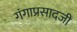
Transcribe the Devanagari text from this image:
गंगाप्रसादजी